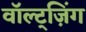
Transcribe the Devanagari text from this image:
वॉल्ट्ज़िंग